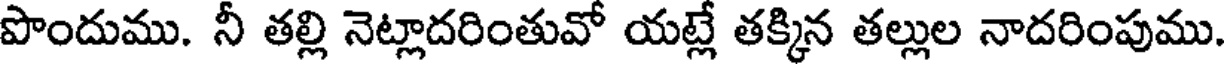
పొందుము. నీ తల్లి నెట్లాదరింతువో యట్లే తక్కిన తల్లుల నాదరింపుము.